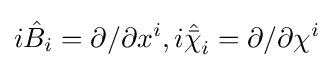
i{\hat {B}}_{i}=\partial /\partial x^{i},i{\hat {\bar {\chi }}}_{i}=\partial /\partial \chi ^{i}